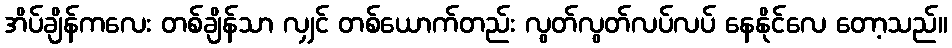
အိပ်ချိန်ကလေး တစ်ချိန်သာ လျှင် တစ်ယောက်တည်း လွတ်လွတ်လပ်လပ် နေနိုင်လေ တော့သည်။